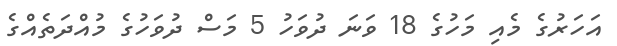
އަހަރުގެ މެއި މަހުގެ 18 ވަނަ ދުވަހު 5 މަސް ދުވަހުގެ މުއްދަތެއްގެ